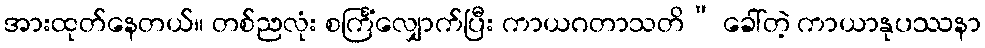
အားထုတ်နေတယ်။ တစ်ညလုံး စင်္ကြံလျှောက်ပြီး ကာယဂတာသတိ” ခေါ်တဲ့ ကာယာနုပဿနာ